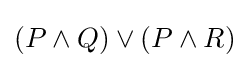
(P\land Q)\lor (P\land R)